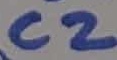
Text: C2